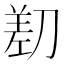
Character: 𱐡